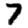
Digit: 7